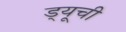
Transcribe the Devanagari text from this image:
ड्यूची